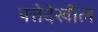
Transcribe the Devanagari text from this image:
पत्तेदेखील